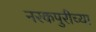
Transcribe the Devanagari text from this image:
नरकपुरीच्या